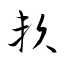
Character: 頼